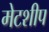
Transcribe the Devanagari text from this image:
मेटशीप